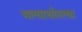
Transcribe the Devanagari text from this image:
भल्याथोरल्या